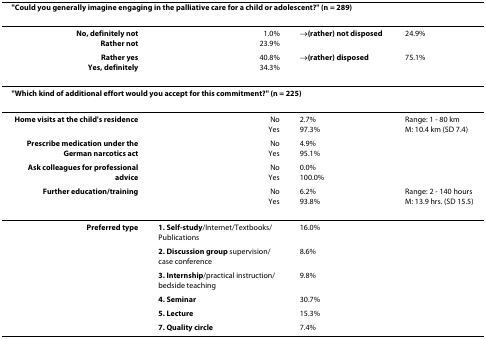
| <COLSPAN=4> "Could you generally imagine engaging in the palliative care for a child or adolescent?" (n = 289) |
 | --- | --- | --- | --- |
 | No, definitely notRather not | 1.0%23.9% | →(rather) not disposed | 24.9% |
 | Rather yesYes, definitely | 40.8%34.3% | →(rather) disposed | 75.1% |
 | <COLSPAN=4> "Which kind of additional effort would you accept for this commitment?" (n = 225) |
 | Home visits at the child's residence | NoYes | 2.7%97.3% | Range: 1 - 80 kmM: 10.4 km (SD 7.4) |
 | Prescribe medication under the German narcotics act | NoYes | <COLSPAN=2> 4.9%95.1% |
 | Ask colleagues for professional advice | NoYes | <COLSPAN=2> 0.0%100.0% |
 | Further education/training | NoYes | 6.2%93.8% | Range: 2 - 140 hoursM: 13.9 hrs. (SD 15.5) |
 | Preferred type | 1. Self-study/Internet/Textbooks/Publications | <COLSPAN=2> 16.0% |
 |  | 2. Discussion group supervision/case conference | <COLSPAN=2> 8.6% |
 |  | 3. Internship/practical instruction/bedside teaching | <COLSPAN=2> 9.8% |
 |  | 4. Seminar | <COLSPAN=2> 30.7% |
 |  | 5. Lecture | <COLSPAN=2> 15.3% |
 |  | 7. Quality circle | <COLSPAN=2> 7.4% |